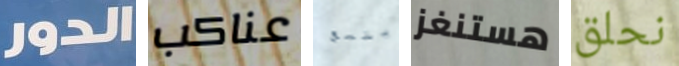
الدور عناكب يتسع هستنغز نحلق